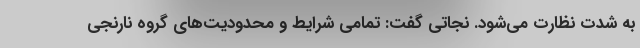
به شدت نظارت می‌شود. نجاتی گفت: تمامی شرایط و محدودیت‌های گروه نارنجی